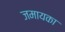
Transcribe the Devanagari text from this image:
जमायका